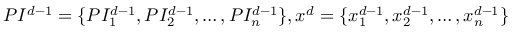
P I _ { } ^ { d - 1 } = \{ P I _ { 1 } ^ { d - 1 } , P I _ { 2 } ^ { d - 1 } , \dots , P I _ { n } ^ { d - 1 } \} , x _ { } ^ { d } = \{ x _ { 1 } ^ { d - 1 } , x _ { 2 } ^ { d - 1 } , \dots , x _ { n } ^ { d - 1 } \}